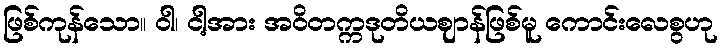
ဖြစ်ကုန်သော။ ဝါ၊ ငါ့အား အဝိတက္ကဒုတိယဈာန်ဖြစ်မူ ကောင်းလေစွဟု